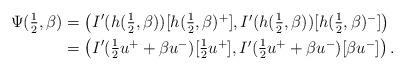
LaTeX: \begin{align*} \Psi(\textstyle{\frac{1}{2}}, \beta)&=\left( I'(h(\textstyle{\frac{1}{2}},\beta))[h (\textstyle{\frac{1}{2}},\beta)^+], I'(h (\textstyle{\frac{1}{2}},\beta))[h (\textstyle{\frac{1}{2}},\beta)^-] \right)\\ &=\left( I'(\textstyle{\frac{1}{2}}u^++\beta u^-)[\textstyle{\frac{1}{2}}u^+],I'(\textstyle{\frac{1}{2}}u^++\beta u^-)[\beta u^-]\right). \end{align*}